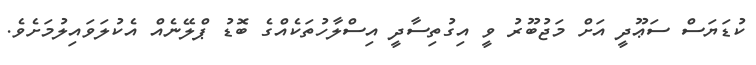
ކުޑަޔަސް ސަޢޫދީ އަށް މަޖުބޫރު ވީ އިގުތިސާދީ އިސްލާހުތަކެއްގެ ބޮޑު ޕްލޭނެއް އެކުލަވައިލުމަށެވެ.